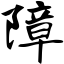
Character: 障